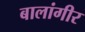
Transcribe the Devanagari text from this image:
बालांगीर